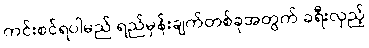
ကင်းစင်ရပါမည် ရည်မှန်းချက်တစ်ခုအတွက် ခရီးလှည့်